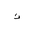
Letter: _thal